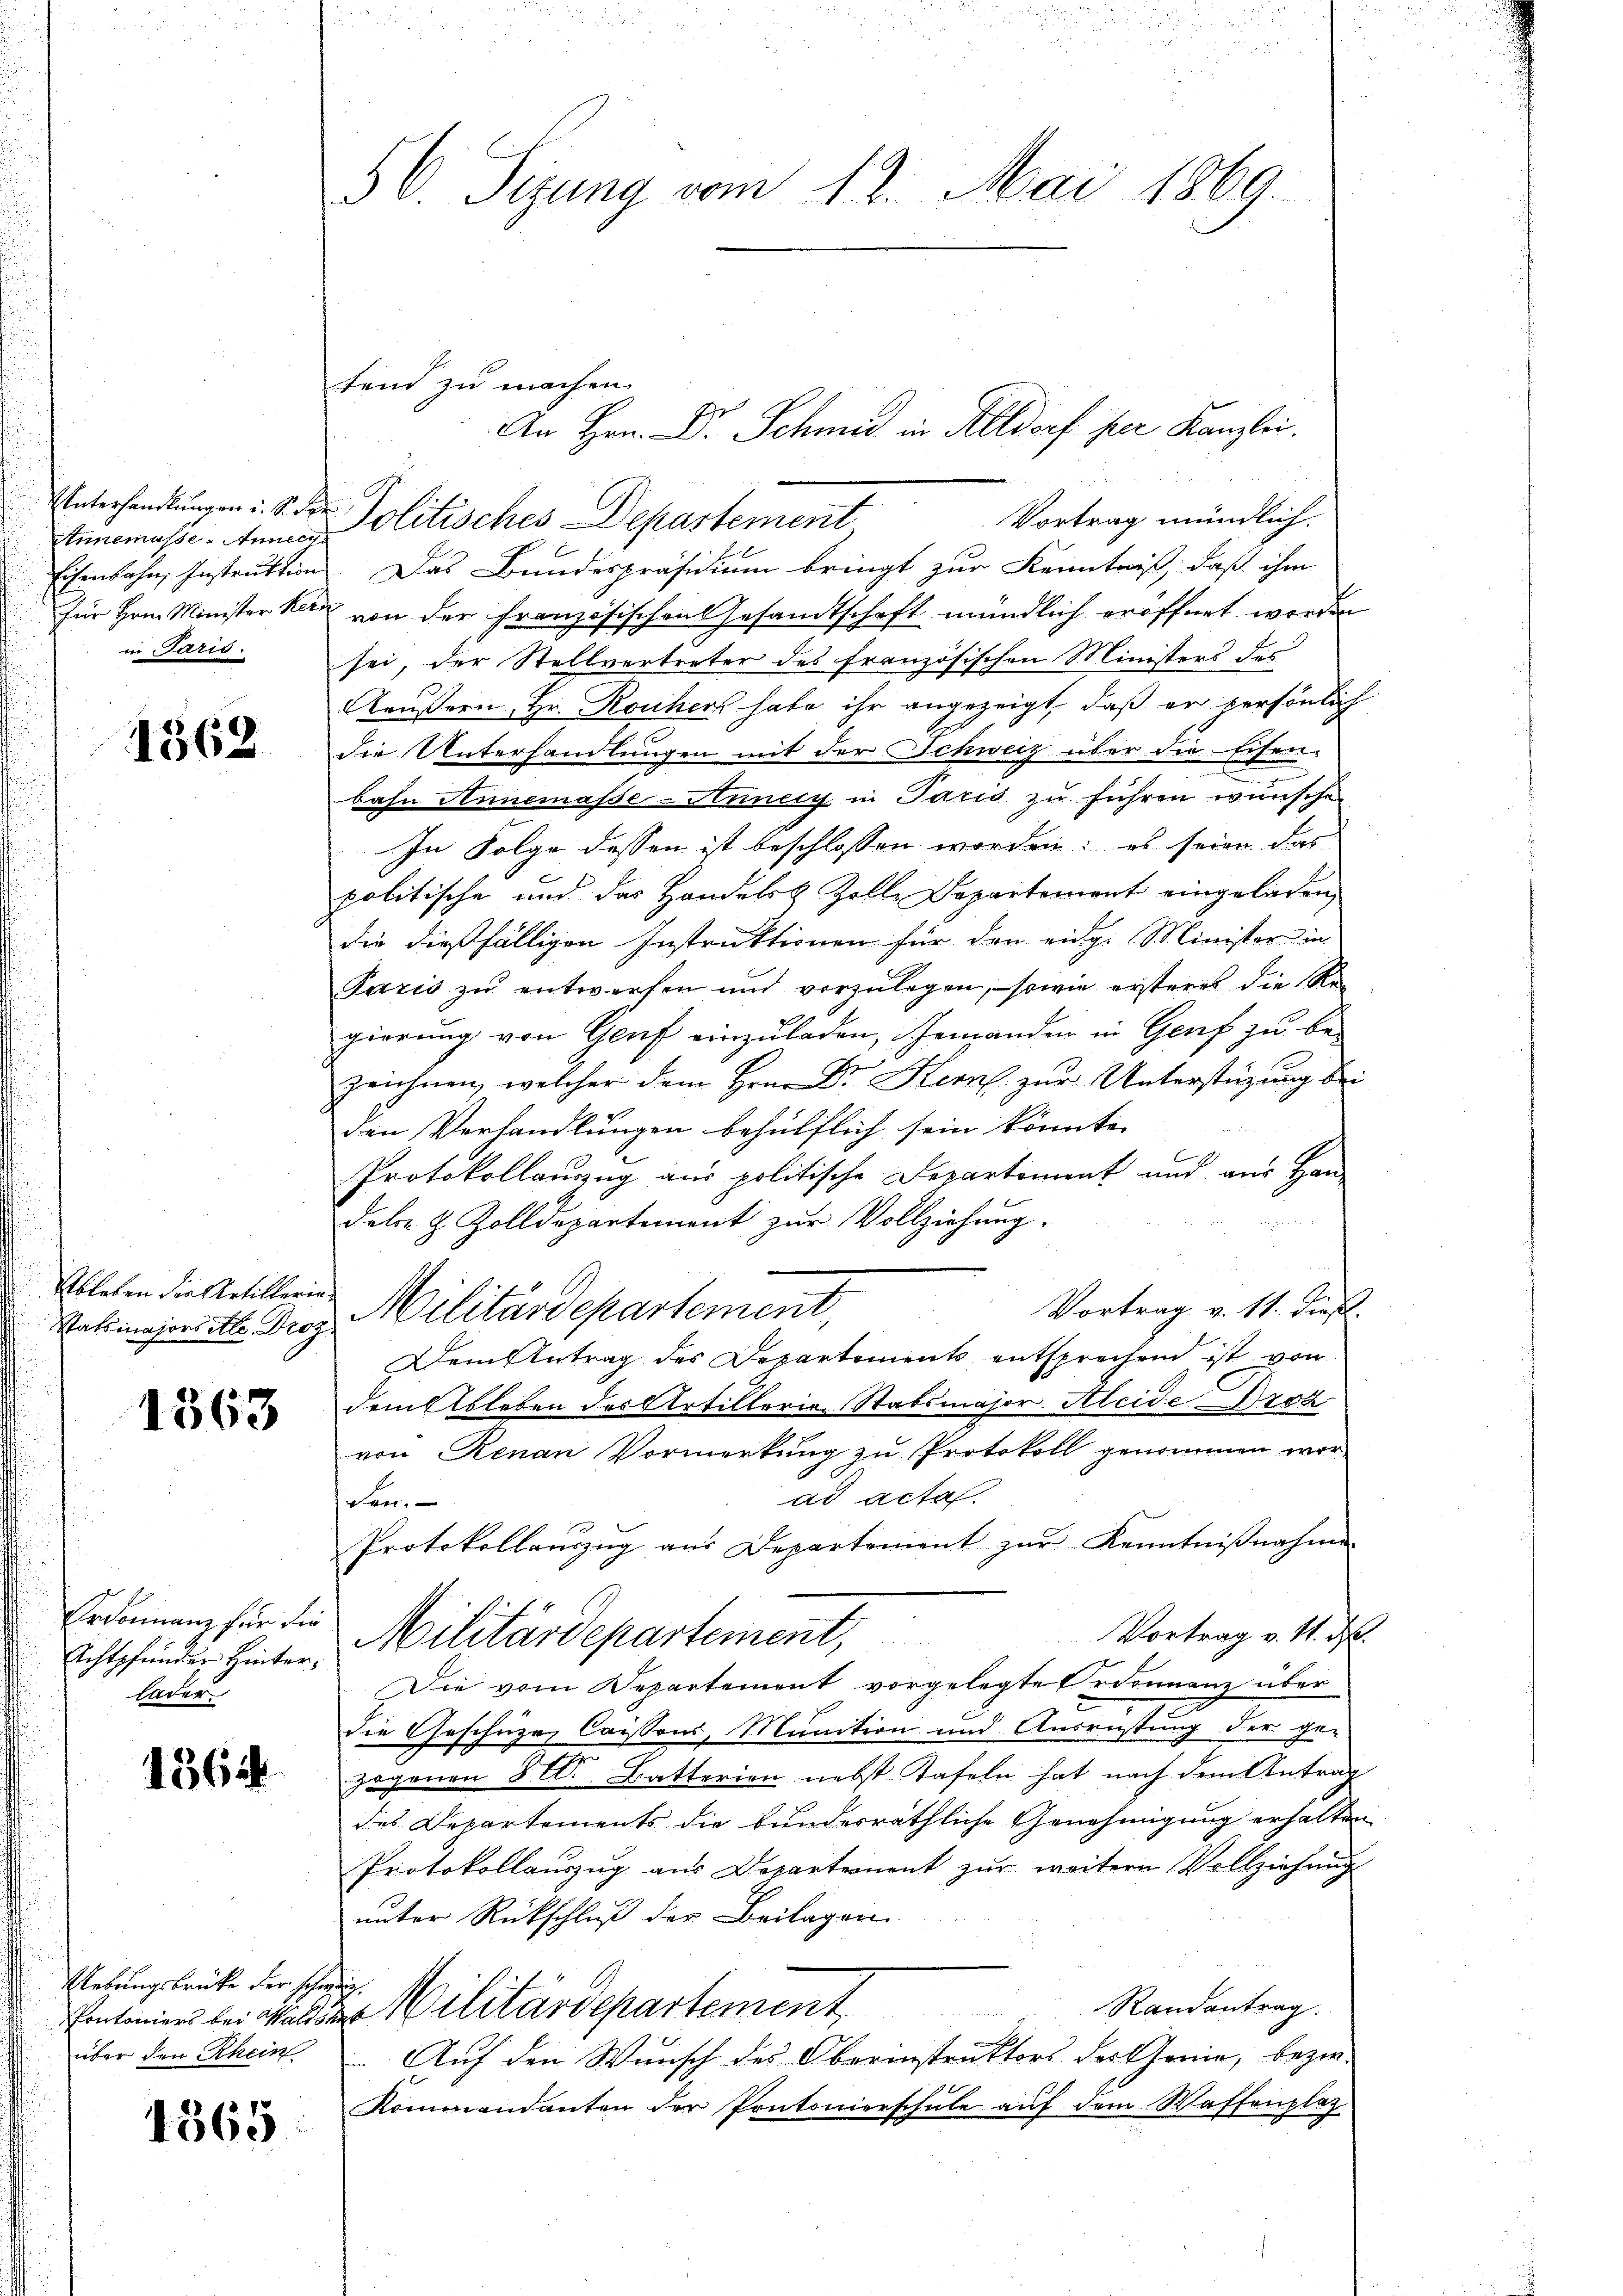
1362

Annemasse - Annecg
Eisenbahn, Instruktion
für Hern Minister Herr
in Paris.

Ableben die Artillerie¬

1363

Erdonnanz für die
Achtpfender Hinterleder

1564

Uebungsbrücke der schweig.
über den Rhein

1365

56. Sizung vom 12. Mai 1860

tend zu machen.
Vortrag mündlich.
Das Bundespräsidium bringt zur Kenntniß, daß ihm
von der Französischen Gesandtschaft mündlich eröffnet werden
sei, der Stellvertreter des französischen Ministers des
Aeussern, Hr. Rouhers habe ihr angezeigt, daß er persönlich
Die Unterhandlungen mit der Schweiz über die Eisenbahn Annemasse-Annely in Paris zu führen wünsche
In Folge dessen ist beschlossen worden; es seien das
politische und das Handelst Zolle Departement eingeladen,
die dießfälligen Instruktionen für den eidg. Minister in
Paris zŭ entwerfen und vorzŭlegen, sowie ersteres die Re-
gierung von Genf einzuladen, Jemanden in Genf zu bezeichnen, welcher dem Hrn. Dr. Kern zur Unterstützung bei
den Verhandlungen behülflich sein könnte.
Protokollauszug aus politische Departement und aus Han-
dels- & Zolldepartement zur Vollziehung.
Vortrag v. 11. dieß.
Ratsmajoritte Droz. Militärdepartement,
Dem Antrag des Departements entsprechend ist von
dem Ableben des Artillerie Stabsmajor Kleide Droz
von Renau Vormerkung zu Protokoll genommen worad acta.
den. |
Protokollauszug aus Departement zur Kenntnißnahme
Vortrag v. M. ds.
Militärdepartement,
Die vom Departement vorgelegte Ordonnanz über
die Geschüze Cassons, Munition und Ausrüstung der ge-
|
zogenen 8. Batterien nebst Tafeln hat nach dem Antrag
des Departements die bundesräthliche Genehmigung erhalten
Protokollauszug aus Departernent zur weitern Vollziehung
unter Rückschluß der Beilagen.
Randantrag.
Contoniers bei Wald der Militärdepartement
Auf den Wunsch des Oberinstruktors des Genie, bezie¬
Kommandanten der Pontonierschule auf dem Waffenplaz

Unterhandlungen : S. der Politisches Departement

An Hrn. Dr. Schmid in Altdorf per Kanzlei.